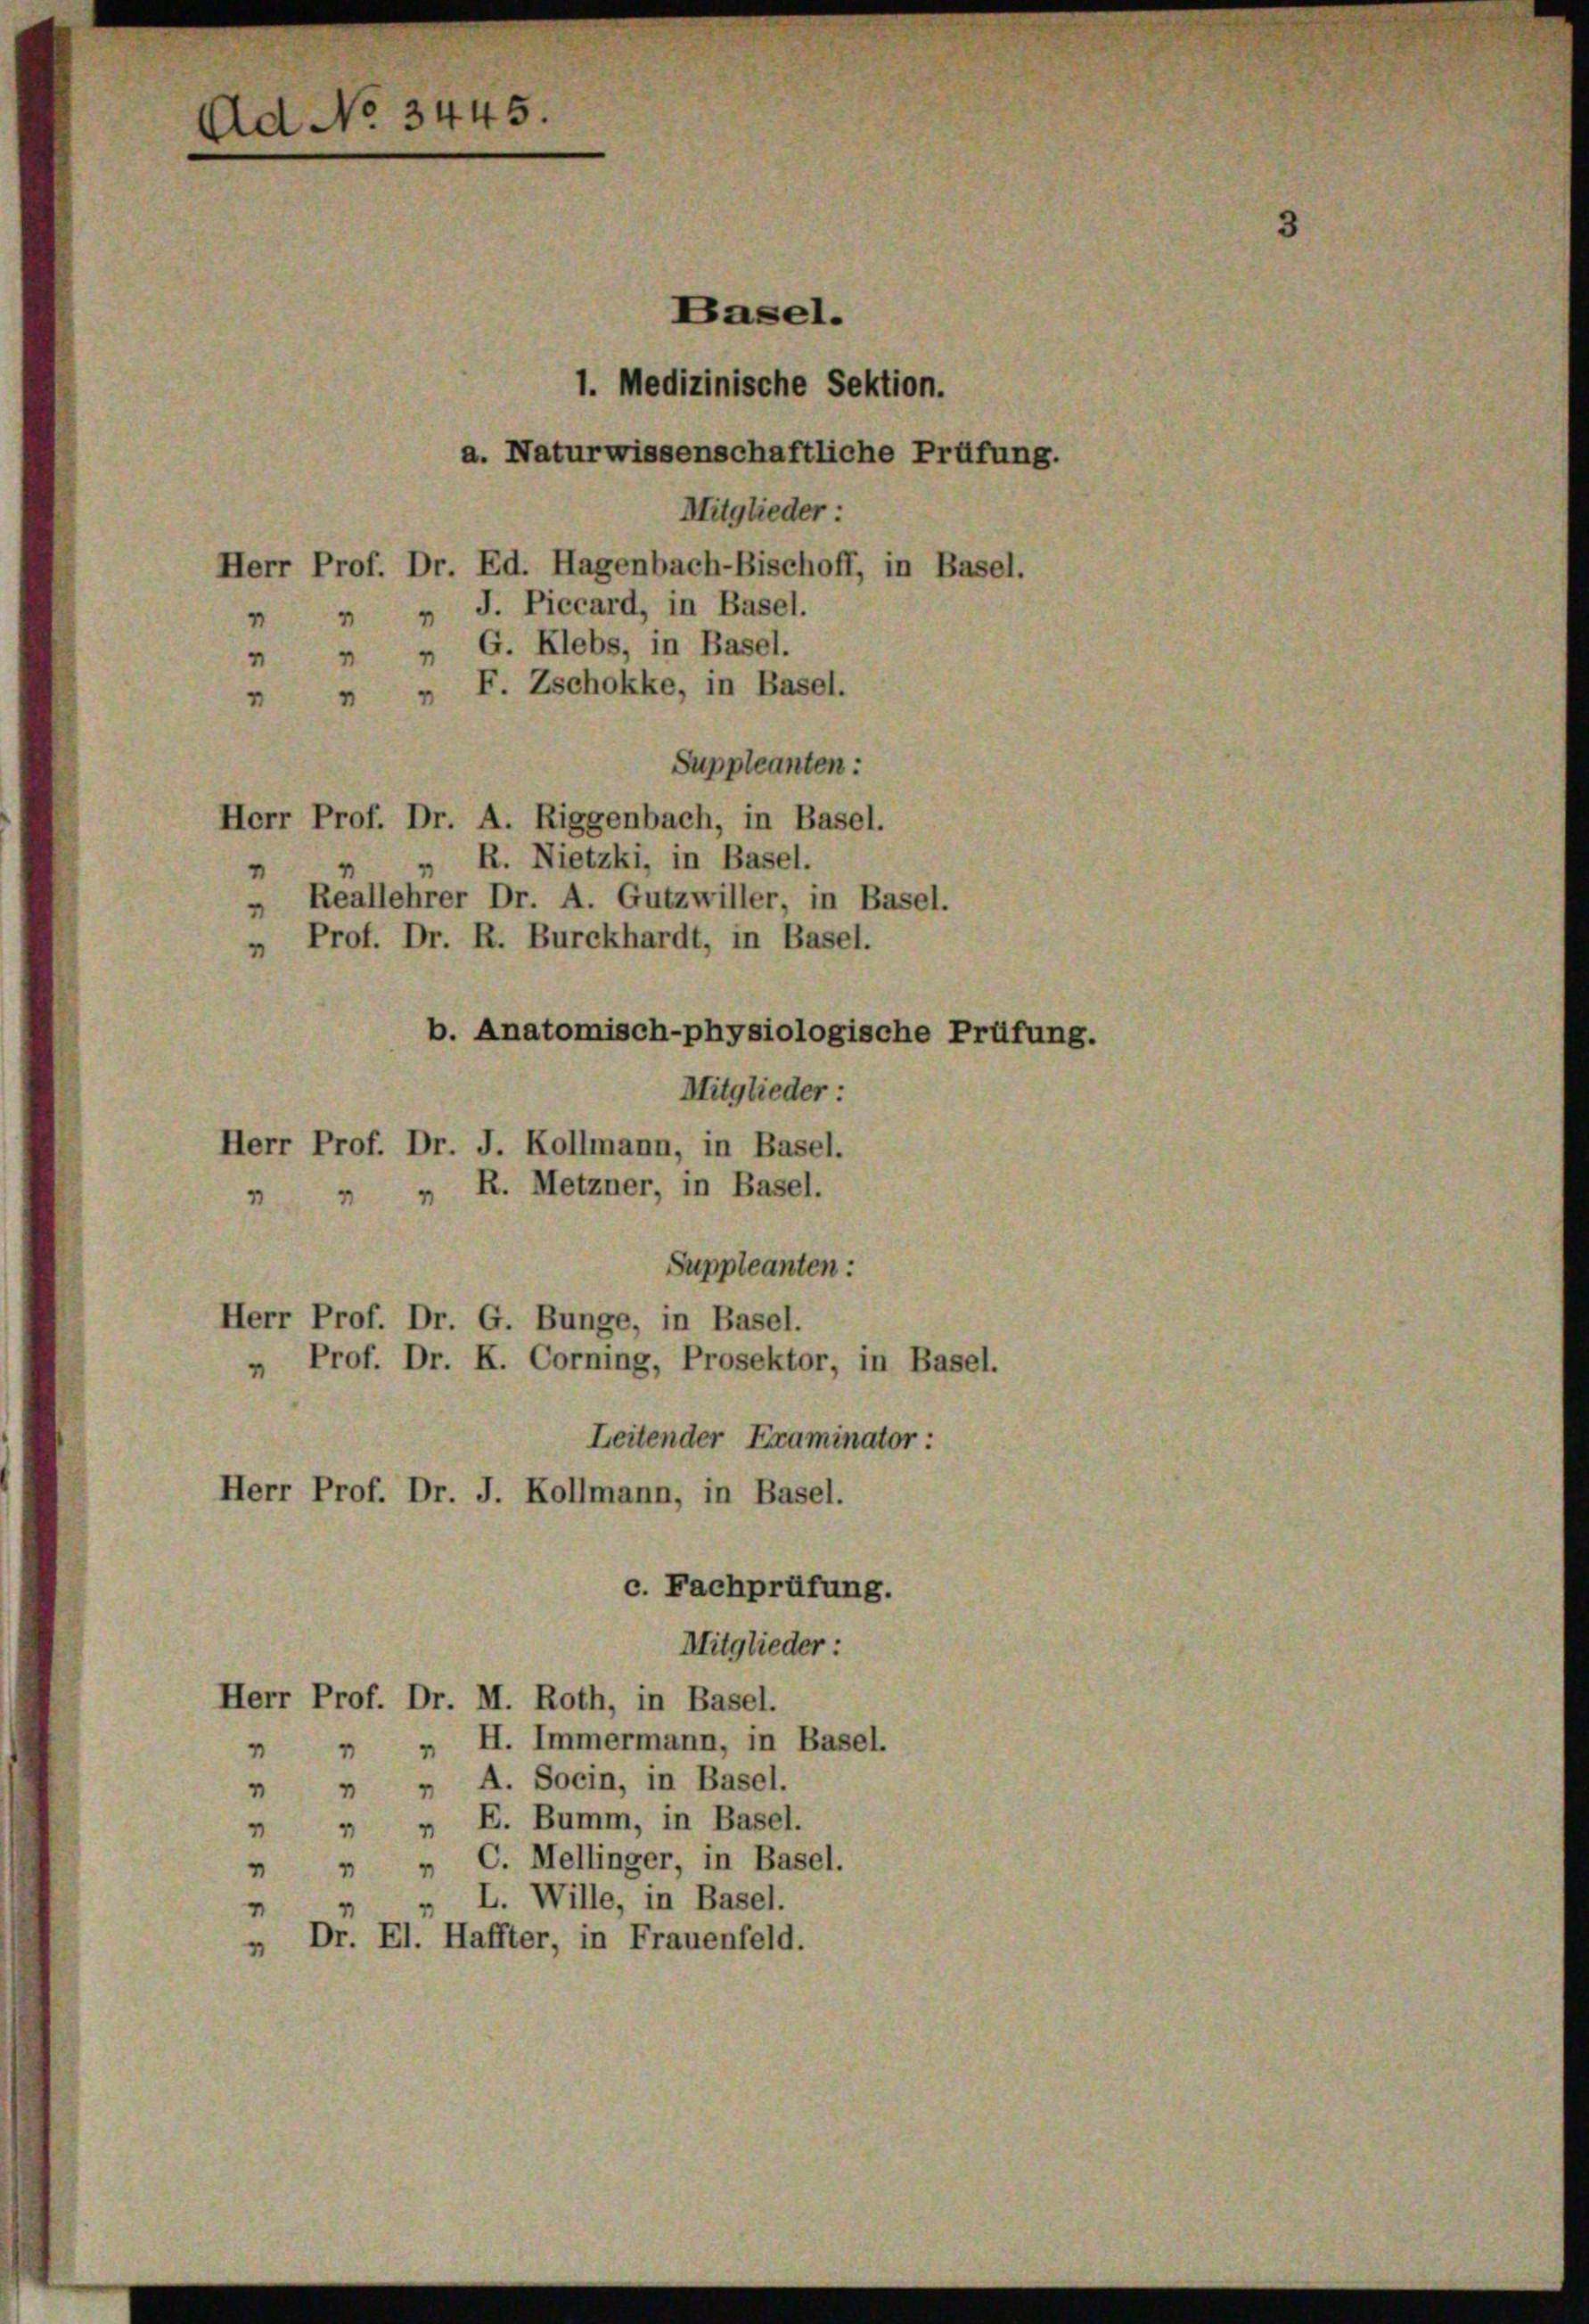
Ad No 3445.

Basel.
1. Medizinische Sektion.
a. Naturwissenschaftliche Prüfung.
Mitglieder:
Herr Prof. Dr. Ed. Hagenbach-Bischoff, in Basel.

" " J. Piccard, in Basel.
¬
 " " G. Klebs, in Basel.
 " " F. Zschokke, in Basel.
Suppleanten:
Herr Prof. Dr. A. Riggenbach, in Basel.
" R. Nietzki, in Basel.
" Reallehrer Dr. A. Gutzwiller, in Basel.
" Prof. Dr. R. Burckhardt, in Basel.
b. Anatomisch-physiologische Prüfung.
Mitglieder:
Herr Prof. Dr. J. Kollmann, in Basel.
 " " R. Metzner, in Basel.
Suppleanten:
Herr Prof. Dr. G. Bunge, in Basel.
" Prof. Dr. K. Corning, Prosektor, in Basel.
Leitender Examinator :
Herr Prof. Dr. J. Kollmann, in Basel.
c. Fachprüfung.
Mitglieder:
Herr Prof. Dr. M. Roth, in Basel.
 " " H. Immermann, in Basel.
 „ „ A. Socin, in Basel.
 " " E. Bumm, in Basel.
 " " C. Mellinger, in Basel.
„ L. Wille, in Basel.
" Dr. El. Haffter, in Frauenfeld.